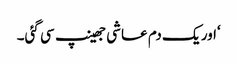
‘اور یک دم عاشی جھینپ سی گئی۔